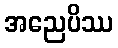
အညေပိဿ